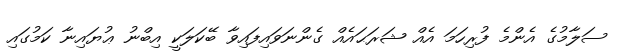
ސަލާމުގެ އެންމެ ފުރިހަމަ އެއް ޝަރަޙައެއް ގެންނަވައިފައިވާ ބޭކަލަކީ އިބްނު ޢުޔައިނާ ކަމުގައި